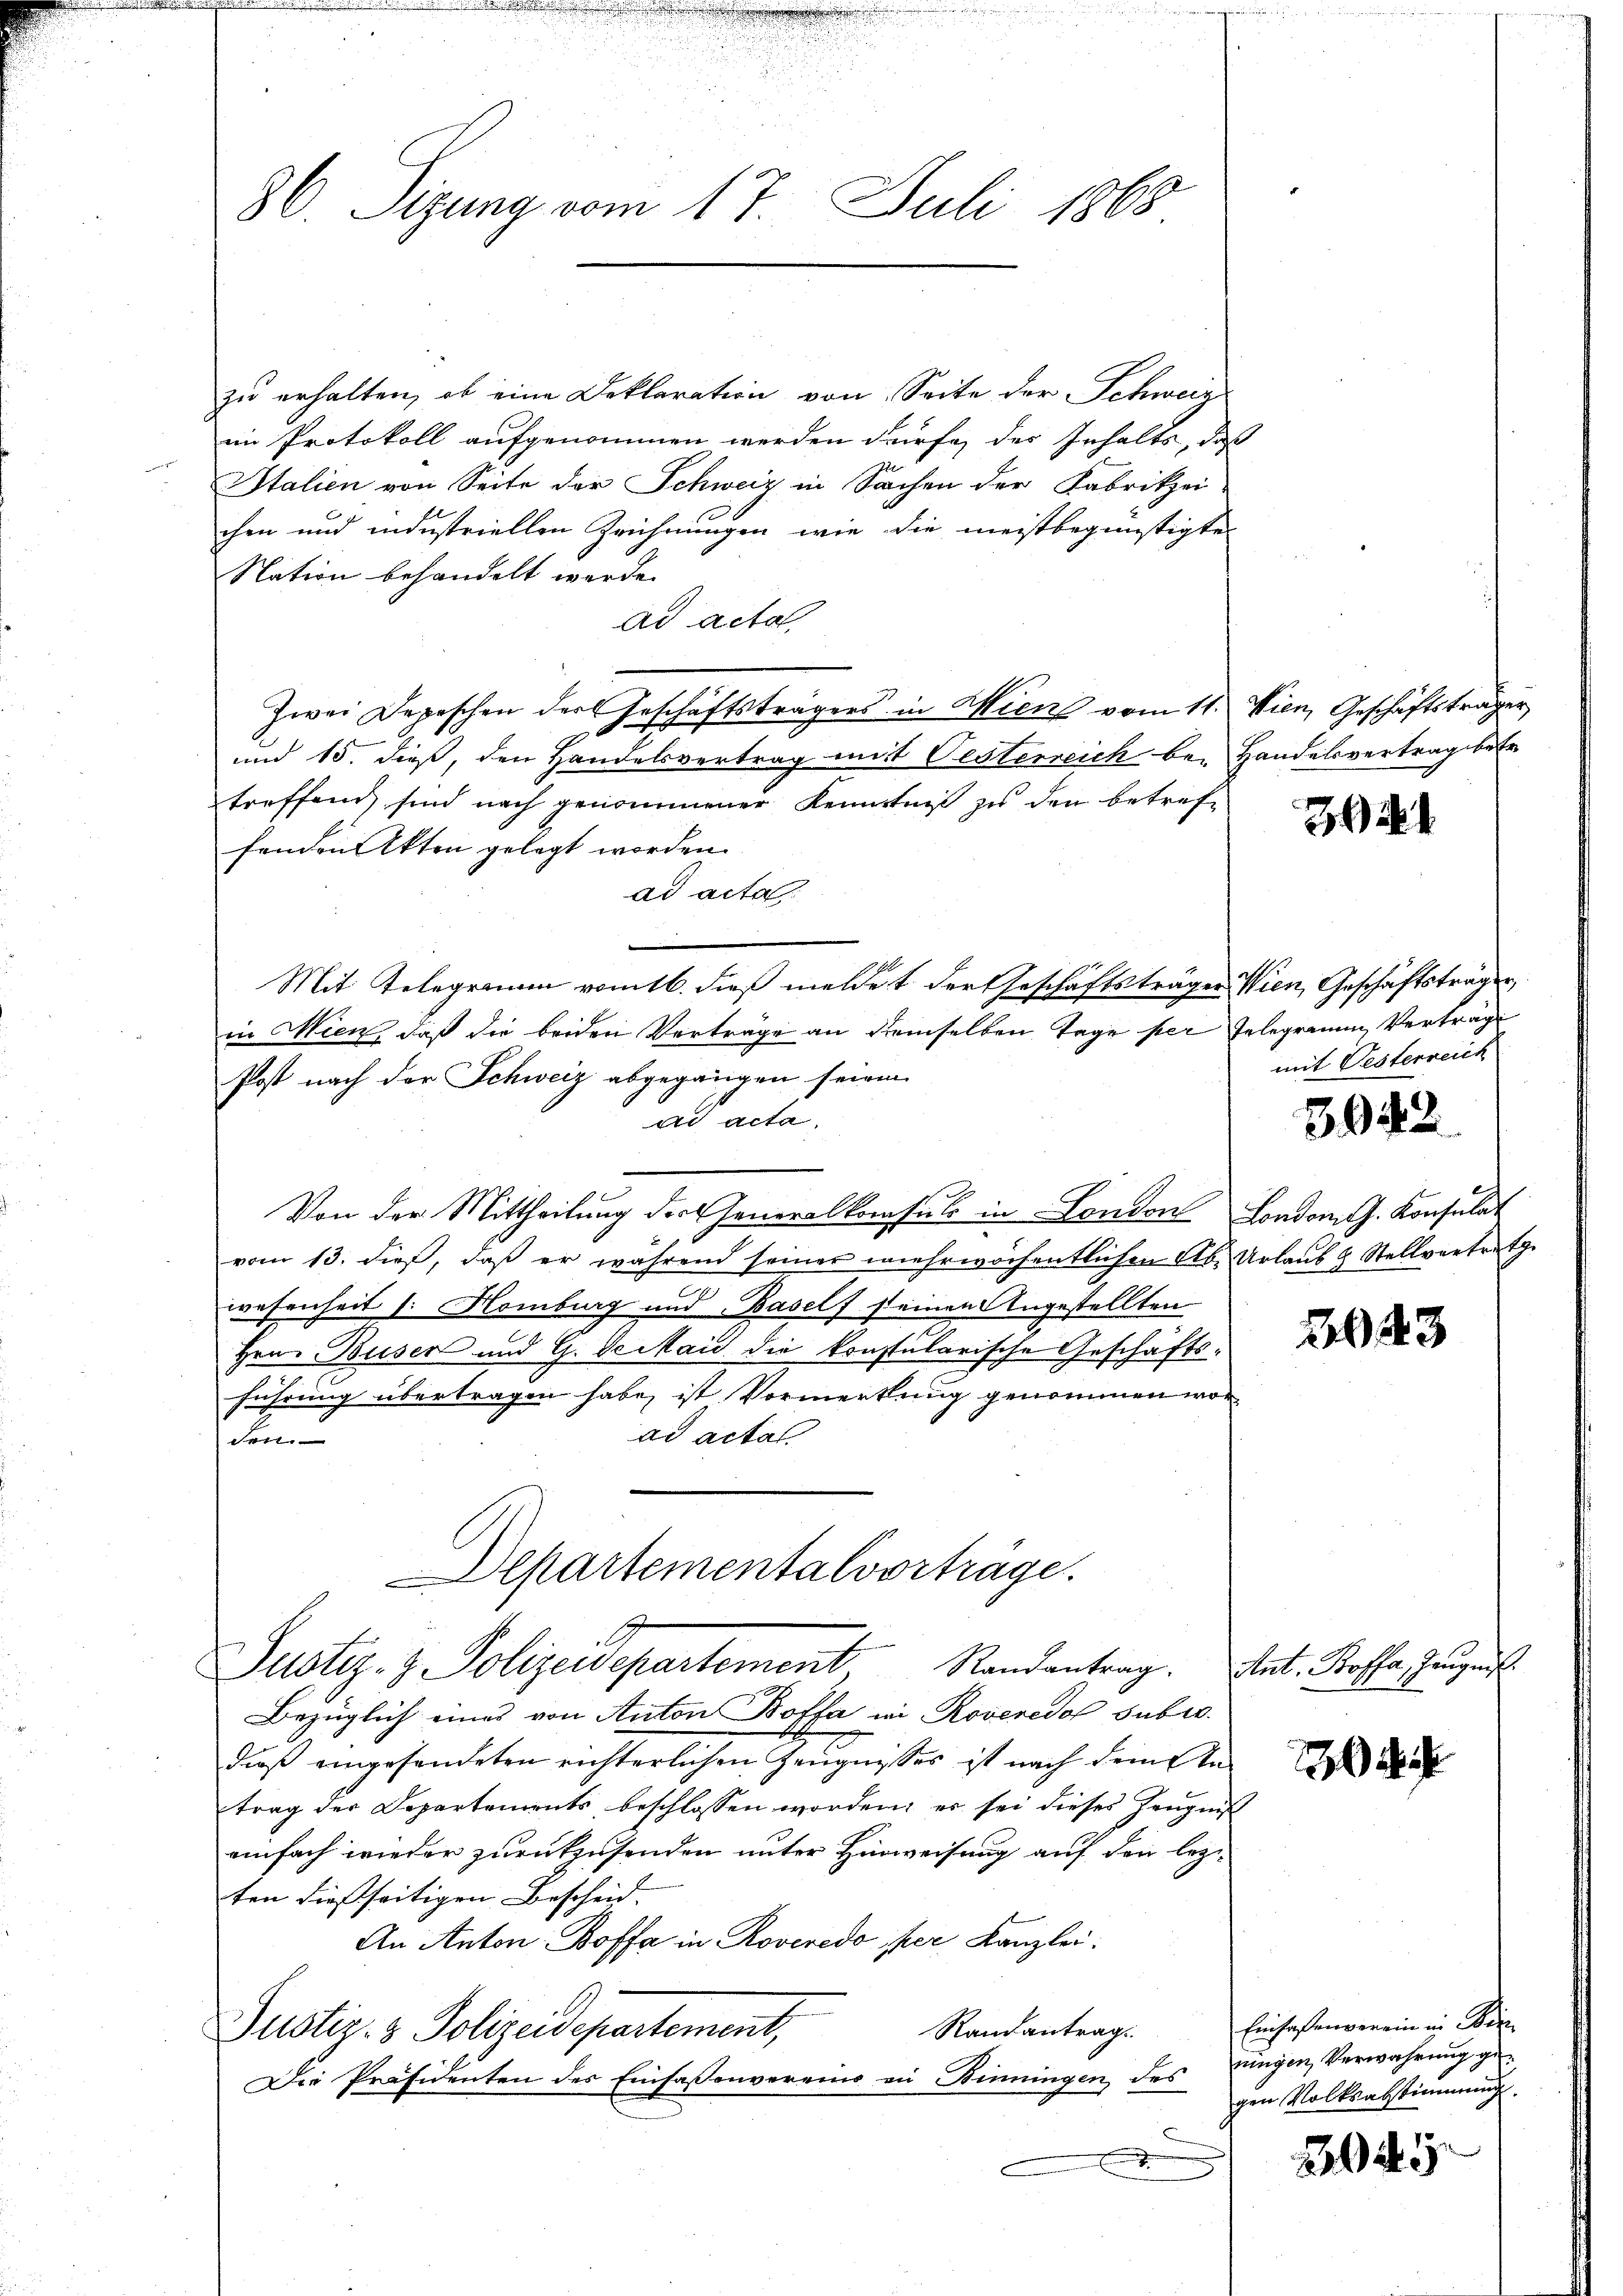
86. Sizung vom 17. Juli 1868

zu erhalten, ob eine Deklaration von Seite der Schweiz
im Protokoll aufgenommen werden dürfe, des Inhalts, daß
Italien von Seite der Schweiz in Sachen der Fabrikzei
chen und indestriellen Zeichnungen, wie die meistbegünstigte
Nation behandelt werde.
ad acta,
Zwei Depeschen der Geschäftsträgers in Wien vom 11. Wien, Geschäftsträger
6
und 15. dieß, den Handelsvertrag mit Oesterreich be- Handelsvertrag betr.
treffend sind nach genommener Kenntniß zu den betreffenden Akten gelegt worden.
ad acta
in Mien, daß die beiden Verträge an demselben Tage per Gelegramm Verträge
Post nach der Schweiz abgegangen seien
ad acta.
Von der Mittheilung der Generalkonsuls in London London J. Konsulat
vom 13. dieß, daß er während seiner mehrwöchentlichen Ab- Urlaub & Stellvertrete
wesenheit /: Homburg und Basels seinen Angestellten
Hrn. Buser und G. Verkaid die konstularische Geschäftsführung übertragen habe, ist Vormerkung genommen worad acta
den.
Departementalvorträge.

Mit Telegramm vom 16. dieß meldet der Geschäftsträger Wien, Geschäftsträgen,

Justiz- & Polizeidepartement, Randantrag. Ant. Koffe, Zeugen

Bezüglich eines von Anton Boffa in Roveredo subro
dieß eingesandeten richterlichen Zeugnisses ist nach dem Antrag der Departements beschlossen worden, er sei dieses Zeugniß
einfach wieder zurükzusenden unter Hinweisung auf den lezt
ten dießseitigen Bescheid,
An Anton: Boffa in Roveredo per Kanzlei.
Randantrag.
Justiz- & Polizeidepartement,
Die Präsidenten des Einfassenvereins in Binningen des

2

mit Oesterreich

3942.

2043

22

Einfaßenverein in er
nungen, Verwahrung gegen Volksabstimmung.

3045